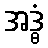
အဒ္ဓံ